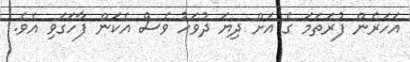
އަހަރެން ފުރަތަމަ ގެ އަށް ދިޔަ ދުވަހު ވެސް އެކަން ފާހަގަވި އެވެ.